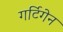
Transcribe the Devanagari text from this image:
गर्टिगेन